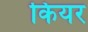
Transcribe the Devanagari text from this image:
कियर